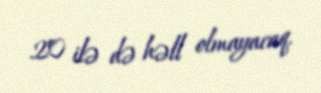
20 ilə də həll olmayacaq.